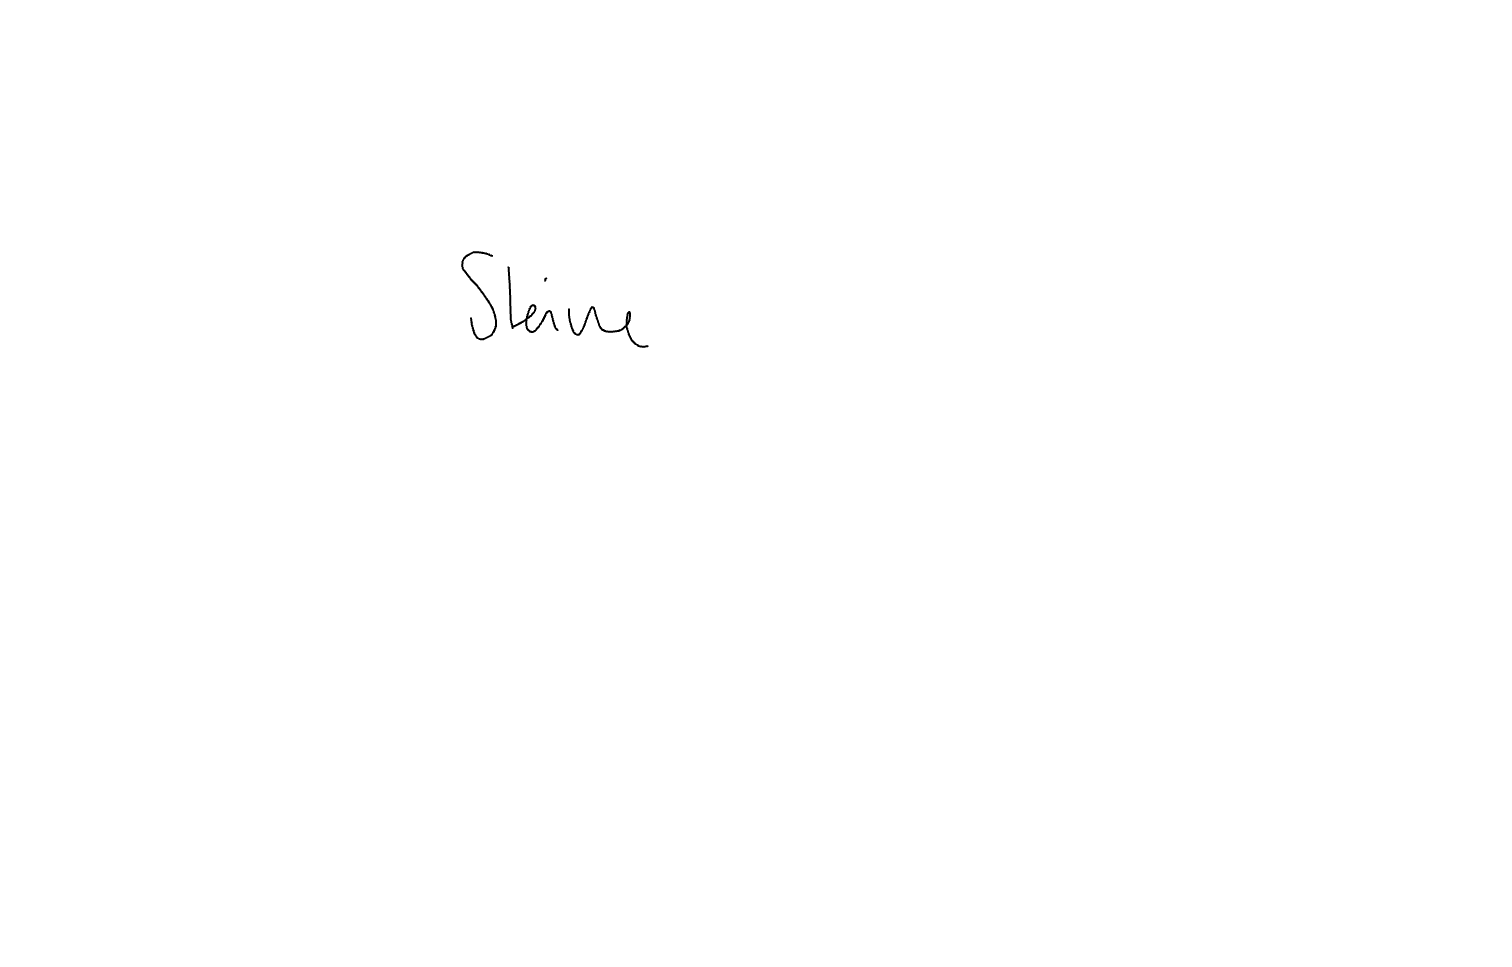
Text: Steine